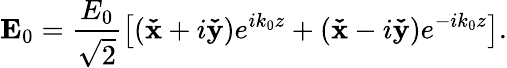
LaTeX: \mathbf E_{0}=\frac{E_{0}}{\sqrt{2}}\left[\left(\mathbf{\check{x}}+i\mathbf{\check{y}}\right)e^{ik_{0}z}+\left(\mathbf{\check{x}}-i\mathbf{\check{y}}\right)e^{-ik_{0}z}\right].